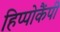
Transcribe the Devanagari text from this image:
हिप्पोकैंपी